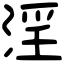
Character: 淫